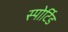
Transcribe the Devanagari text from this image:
स्पोर्टिड